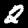
Label: 2